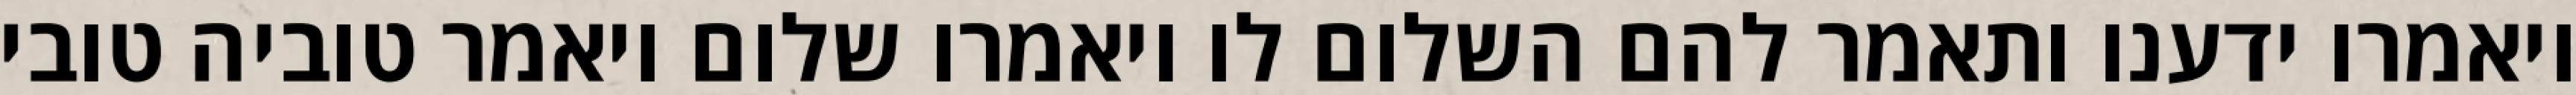
ויאמרו ידענו ותאמר להם השלום לו ויאמרו שלום ויאמר טוביה טובי